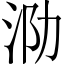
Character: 泐